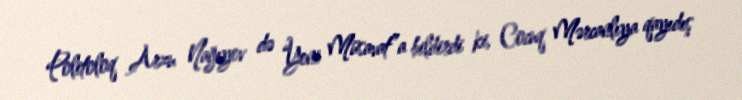
Politoloq Arzu Nağıyev də “Yeni Müsavat”a bildirdi ki, Cocuq Mərcanlıya qayıdış